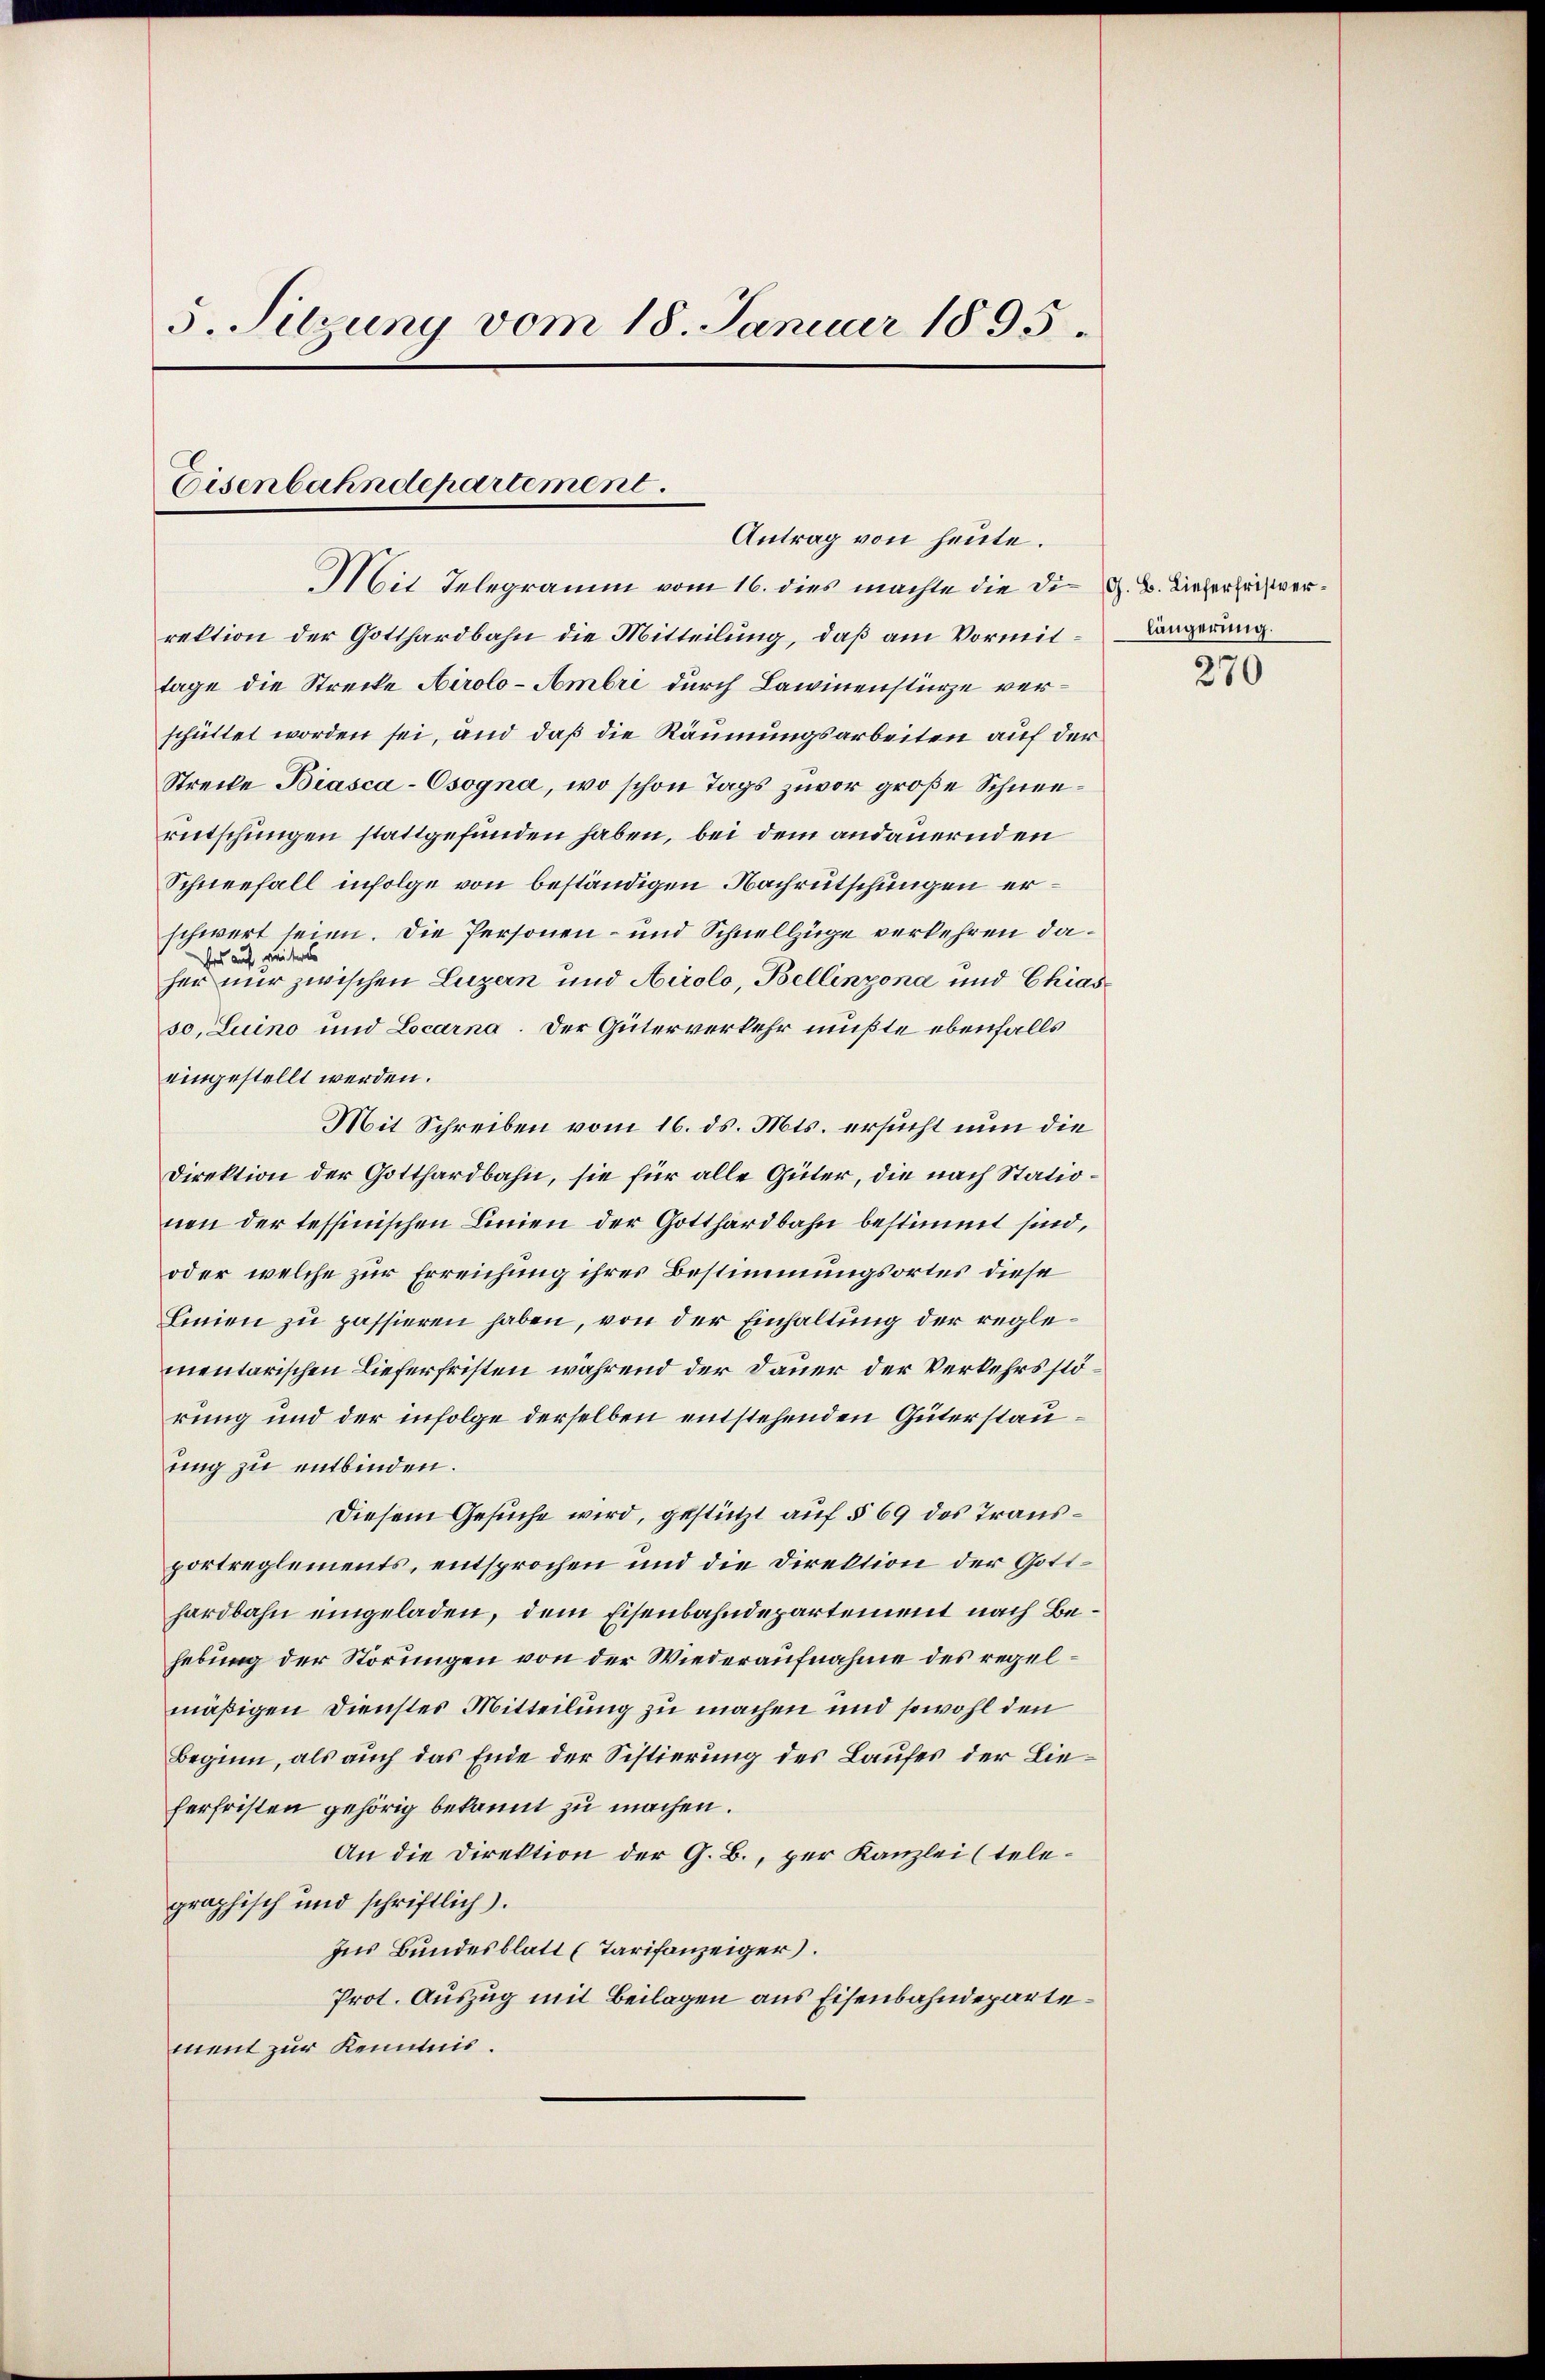
s. Sitzung vom 18. Januar 1895

Eisenbahndepartement.
Antrag von heute.

Mit Telegramm vom 16. dies machte die die G. B. Dieserheit verrektion der Gotthardbahn die Mitteilung, daß am Vormit-Längerung.
tage die Strecke Airolo-Ambri durch Lawinenstürze verschüttet worden sei, und daß die Räumungsarbeiten auf der
Strecke Biasca-Csogna, wo schon Tags zuvor große Schneerutschungen stattgefunden haben, bei dem andauernden
Schneefall infolge von beständigen Nachrütschungen erschwert seien. Die Personen- und Schnellzüge verkehren daford auf weiteres
her nur zwischen Luzern und Airolo, Bellinzona und Chiasso, Luino und Locarna. Der Güterverkehr müßte ebenfalls
eingestellt werden.
Mit Schreiben vom 16. ds. Mts. ersucht nun die
Direktion der Gotthardbahn, sie für alle Güter, die nach Stationen der tessinischen Linien der Gotthardbahn bestimmt sind,
oder welche zur Erreichung ihres Bestimmungsortes diese
Linien zu passieren haben, von der Einhaltung der reglementarischen Lieferfristen während der Dauer der Verkehrsstörung und der infolge derselben entstehenden Güterstauung zu entbinden.
Diesem Gesuche wird, gestützt auf § 69 des Transportreglements, entsprochen und die Direktion der Gotthardbahn eingeladen, dem Eisenbahndepartement nach Behebung der Störungen von der Wiederaufnahme des regelmäßigen Dienstes Mitteilung zu machen und sowohl den
Beginn, als auch das Ende der Sistierung des Laufes der Lieferfristen gehörig bekannt zu machen.
An die Direktion der G. B., per Kanzlei (telegraphisch und schriftlich).
Ins Bundesblatt (Tarifanzeiger.
Prot. Auszug mit Beilagen aus Eisenbahndepartement zur Kenntnis.

270